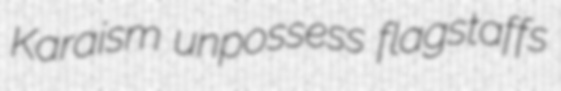
Karaism unpossess flagstaffs